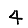
Digit: 4